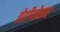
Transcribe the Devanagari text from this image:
ऐडीपोसर